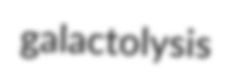
galactolysis